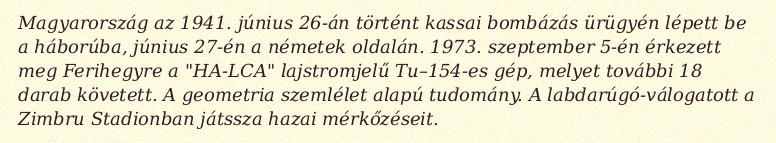
Magyarország az 1941. június 26-án történt kassai bombázás ürügyén lépett be a háborúba, június 27-én a németek oldalán. 1973. szeptember 5-én érkezett meg Ferihegyre a "HA-LCA" lajstromjelű Tu–154-es gép, melyet további 18 darab követett. A geometria szemlélet alapú tudomány. A labdarúgó-válogatott a Zimbru Stadionban játssza hazai mérkőzéseit.